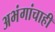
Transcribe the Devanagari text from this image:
अभंगांचाही